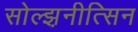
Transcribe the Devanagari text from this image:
सोल्झ़नीत्सिन